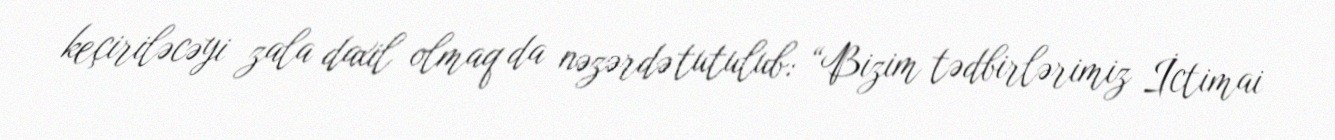
keçiriləcəyi zala daxil olmaq da nəzərdə tutulub: “Bizim tədbirlərimiz İctimai